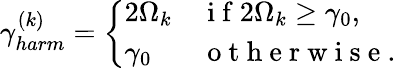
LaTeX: \gamma_{harm}^{(k)}=\left\{ \begin{array}{ll}{2\Omega_{k}}&{\mathrm{~i~f~}2\Omega_{k}\geq\gamma_{0},}\\ {\gamma_{0}}&{\mathrm{~o~t~h~e~r~w~i~s~e~.~}}\end{array}\right.